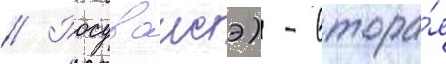
// Росуваисэ) - втора́я